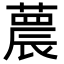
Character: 𦻼